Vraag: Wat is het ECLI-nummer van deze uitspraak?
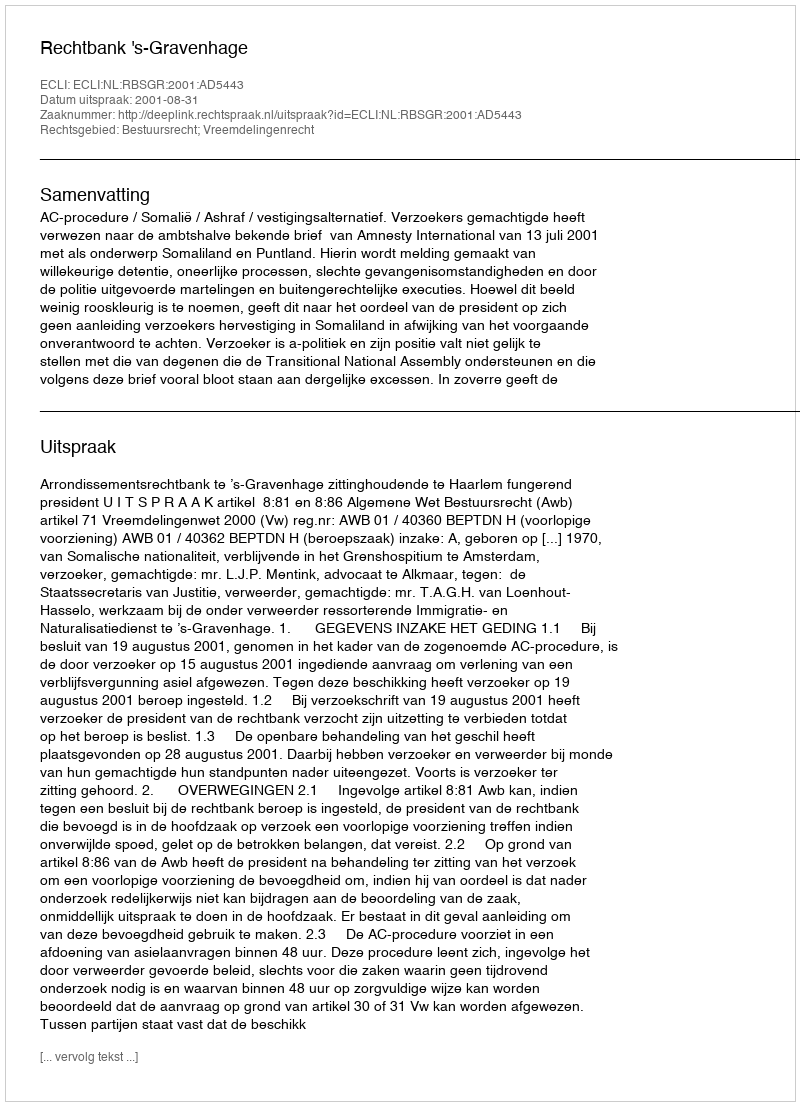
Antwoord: ECLI:NL:RBSGR:2001:AD5443